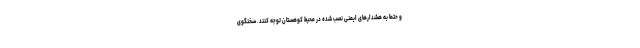
و حتما به هشدارهای ایمنی نصب شده در محیط کوهستان توجه کنند. سخنگوی